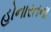
હોનારતના